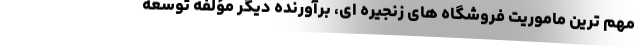
مهم ترین ماموریت فروشگاه های زنجیره ای، برآورنده دیگر مؤلفه توسعه